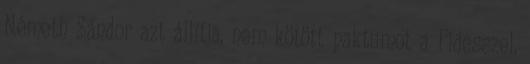
Németh Sándor azt állítja, nem kötött paktumot a Fidesszel,